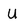
Character: u